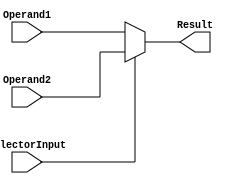
`timescale 1ns / 1ps
//////////////////////////////////////////////////////////////////////////////////
// Company: 
// Engineer: 
// 
// Design Name: 
// Module Name:    Mux2_1_16bit 
// Project Name: 
// Target Devices: 
// Tool versions: 
// Description: 
//
// Dependencies: 
//
// Revision: 
// Revision 0.01 - File Created
// Additional Comments: 
//
//////////////////////////////////////////////////////////////////////////////////
module Mux2_1_16bit(
    input [15:0] Operand1,
    input [15:0] Operand2,
    input SelectorInput,
    output [15:0] Result
);
assign Result = SelectorInput ? Operand2 : Operand1; 

endmodule